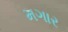
મગાર